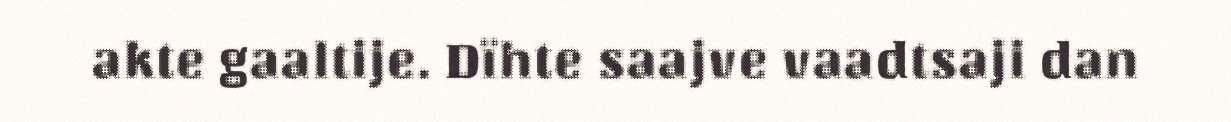
akte gaaltije. Dïhte saajve vaadtsaji dan